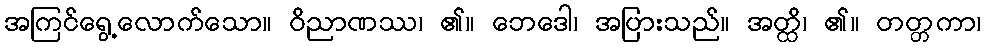
အကြင်ရွေ့လောက်သော။ ဝိညာဏဿ၊ ၏။ ဘေဒေါ၊ အပြားသည်။ အတ္ထိ၊ ၏။ တတ္တကာ၊